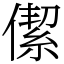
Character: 𠎧